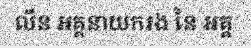
លីន អគ្គនាយករង នៃ អគ្គ